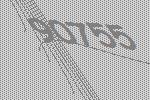
90755